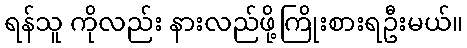
ရန်သူ ကိုလည်း နားလည်ဖို့ကြိုးစားရဦးမယ်။